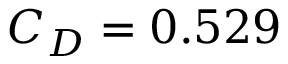
C _ { D } = 0 . 5 2 9